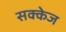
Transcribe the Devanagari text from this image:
सक्केज